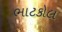
ભાટકોલ